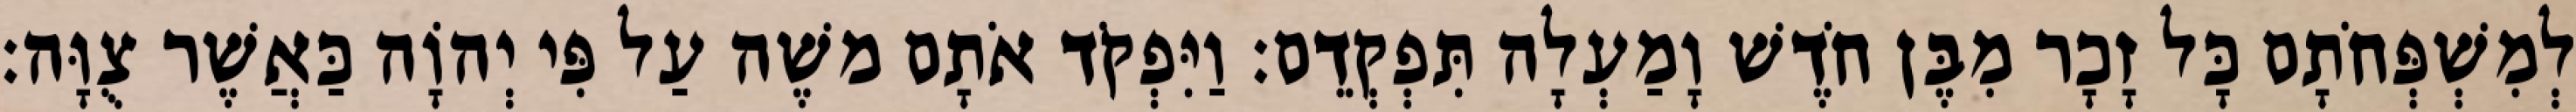
לְמִשְׁפְּחֹתָם כָּל זָכָר מִבֶּן חֹדֶשׁ וָמַעְלָה תִּפְקְדֵם׃ וַיִּפְקֹד אֹתָם משֶׁה עַל פִּי יְהוָֹה כַּאֲשֶׁר צֻוָּה׃